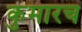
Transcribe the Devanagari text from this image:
कुमारच